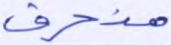
منحرف